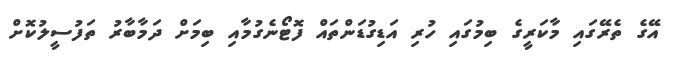
އޭގެ ތެރޭގައި މާކަރީގެ ބިމުގައި ހުރި އަޑިގުޑަންތައް ފޮޓޯނެގުމާއި ބިމަށް ދަމާބާރު ތަފުސީލުކޮށް